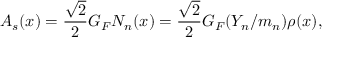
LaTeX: A _ { s } ( x ) = { \frac { \sqrt { 2 } } { 2 } } G _ { F } N _ { n } ( x ) = { \frac { \sqrt { 2 } } { 2 } } G _ { F } ( Y _ { n } / m _ { n } ) \rho ( x ) ,